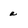
Character: a